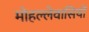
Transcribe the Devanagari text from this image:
मोहल्लेवासियों